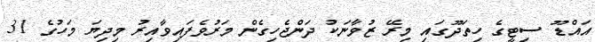
އައްޑޫ ސިޓީގެ ހިތަދޫގައި މިރޭ ޒުވާނަކު ދަންޖެހިގެން މަރުވެފައިވާއިރު މިދިޔަ މަހުގެ 31